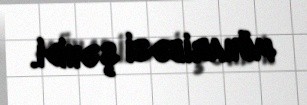
müharibəsi şəhidi.